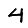
Digit: 4